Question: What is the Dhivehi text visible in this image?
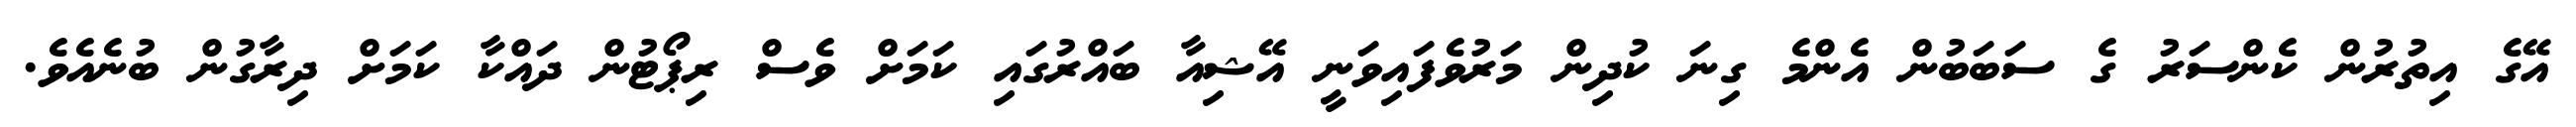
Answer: އޭގެ އިތުރުން ކެންސަރު ގެ ސަބަބުން އެންމެ ގިނަ ކުދިން މަރުވެފައިވަނީ އޭޝިއާ ބައްރުގައި ކަމަށް ވެސް ރިޕޯޓުން ދައްކާ ކަމަށް ދިރާގުން ބުނެއެވެ.